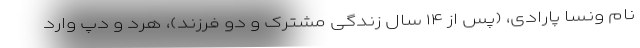
نام ونسا پارادی، (پس از ۱۴ سال زندگی مشترک و دو فرزند)، هرد و دپ وارد